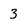
Character: 3